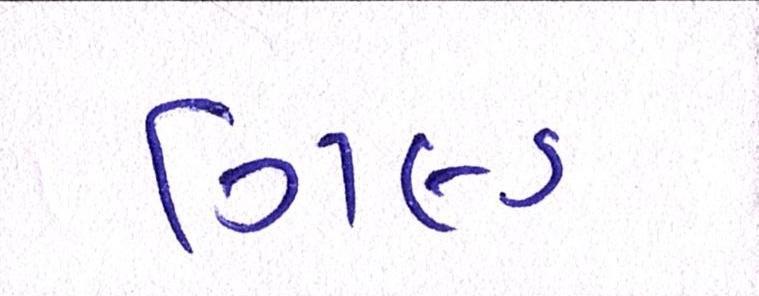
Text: ગિલ્ડ